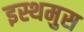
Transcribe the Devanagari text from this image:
इस्थमुस